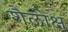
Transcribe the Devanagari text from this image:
शैलोक्ष